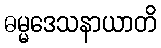
ဓမ္မဒေသနာယာတိ